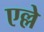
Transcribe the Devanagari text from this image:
एल्ले